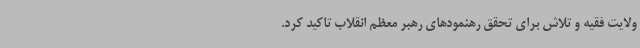
ولایت فقیه و تلاش برای تحقق رهنمودهای رهبر معظم انقلاب تاکید کرد.